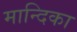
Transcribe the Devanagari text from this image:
मान्दिका